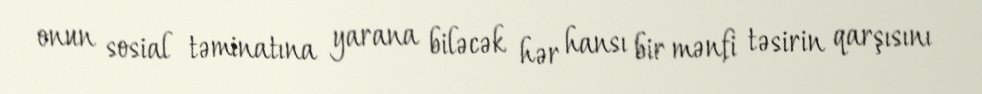
onun sosial təminatına yarana biləcək hər hansı bir mənfi təsirin qarşısını